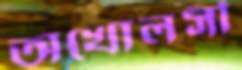
অখোলসী